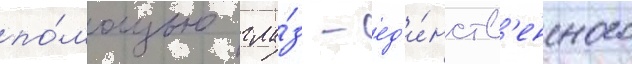
по́мощью гла́з - ед'и́нств'енного